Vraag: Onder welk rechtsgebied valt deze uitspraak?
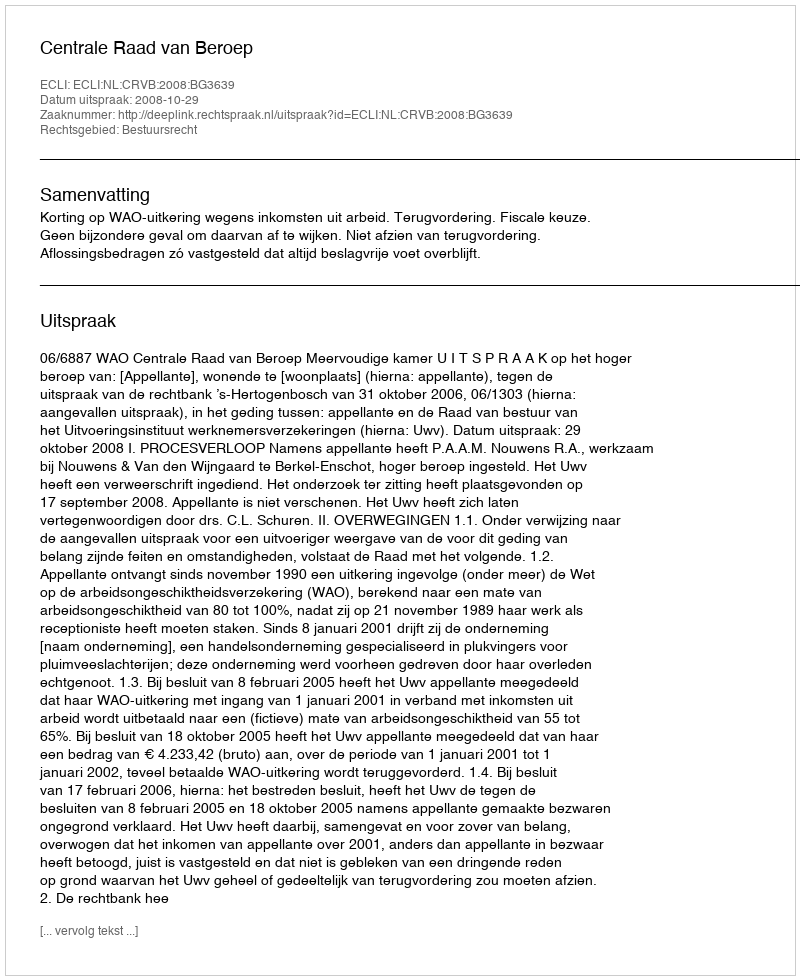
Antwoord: Bestuursrecht